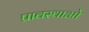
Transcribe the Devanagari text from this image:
प्रावस्थाओ